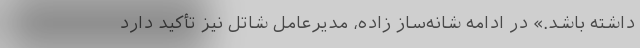
داشته باشد.» در ادامه شانه‌ساز زاده، مدیرعامل شاتل نیز تأکید دارد